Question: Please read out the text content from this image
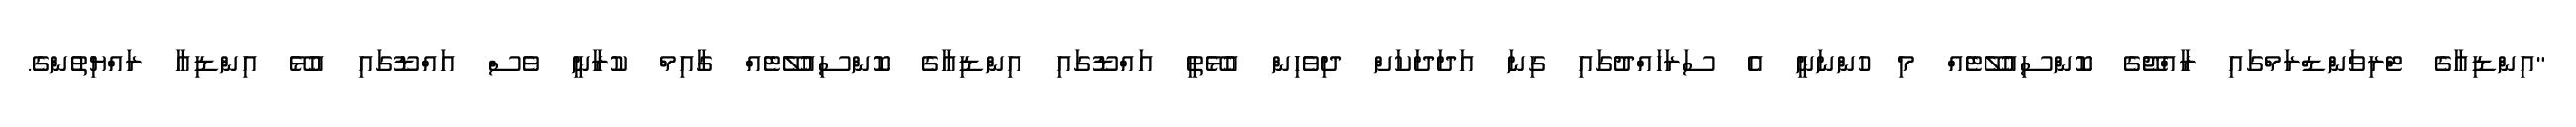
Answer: "އިންޑިއާގެ ޓްރިވަންޑްރަމްގައި ރާއްޖޭގެ ކޮންސިއުލޭޓެއް މި ހުންނަނީ އެ ސަރަހައްދުގައި ގިނަ އަދަދަކަށް ދިވެހިން އުޅޭތީ އައްޑޫގައި އިންޑިއާގެ ކޮންސިއުލޭޓެއް ގާއިމް ކުރާނީ ވެސް އައްޑޫގައި އުޅޭ އިންޑިއާ ރައްޔިތުންގެ.